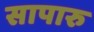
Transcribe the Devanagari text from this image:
सापारु